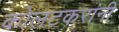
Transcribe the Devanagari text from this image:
कोलटकरांनी